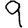
Digit: 9